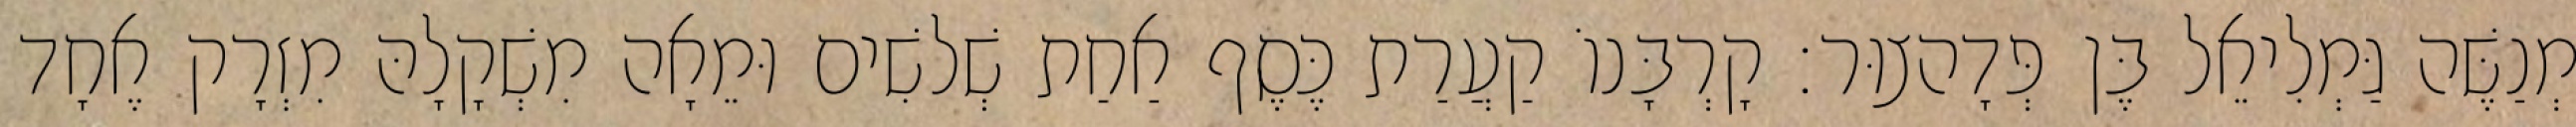
מְנַשֶּׁה גַּמְלִיאֵל בֶּן פְּדָהצוּר׃ קָרְבָּנוֹ קַעֲרַת כֶּסֶף אַחַת שְׁלשִׁים וּמֵאָה מִשְׁקָלָהּ מִזְרָק אֶחָד